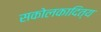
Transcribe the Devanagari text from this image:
सकोलकादित्य